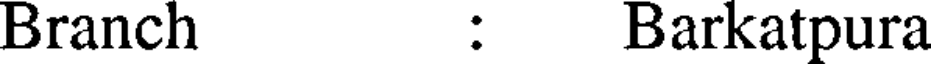
Branch : Barkatpura